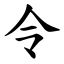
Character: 令